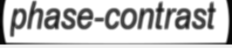
phase-contrast